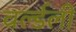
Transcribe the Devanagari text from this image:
वर्ल्डली